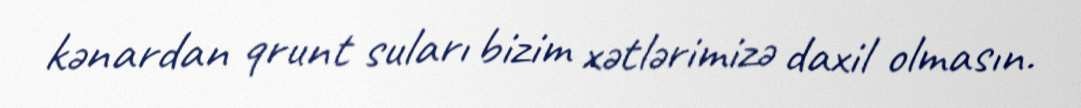
kənardan qrunt suları bizim xətlərimizə daxil olmasın.